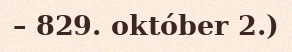
– 829. október 2.)